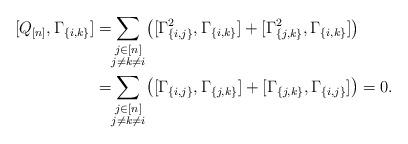
LaTeX: \begin{align*}[Q_{[n]}, \Gamma_{\{i,k\}}]&=\smashoperator{\sum_{\substack{j\in [n]\\ j\neq k\neq i}}}\,\big([\Gamma_{\{i,j\}}^2, \Gamma_{\{i,k\}}]+[\Gamma_{\{j,k\}}^{2},\Gamma_{\{i,k\}}]\big)\\&=\smashoperator{\sum_{\substack{j\in [n]\\ j\neq k\neq i}}}\,\big([\Gamma_{\{i,j\}}, \Gamma_{\{j,k\}}]+[\Gamma_{\{j,k\}},\Gamma_{\{i,j\}}]\big)=0.\end{align*}